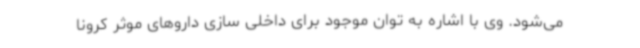
می‌شود. وی با اشاره به توان موجود برای داخلی سازی داروهای موثر کرونا